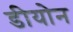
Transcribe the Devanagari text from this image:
डीयोन